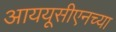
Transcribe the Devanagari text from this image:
आययूसीएनच्या